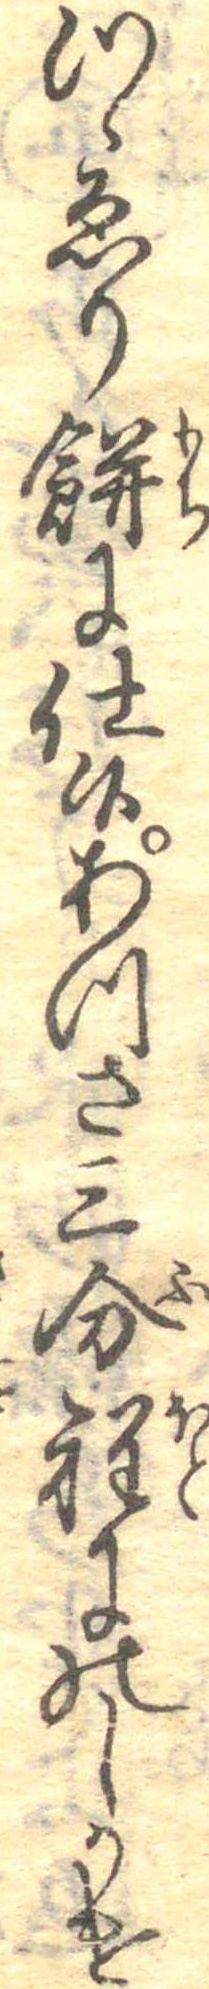
つゝゑり餅に仕候あつさ三分程にのしかけ